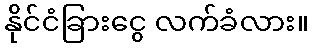
နိုင်ငံခြားငွေ လက်ခံလား။